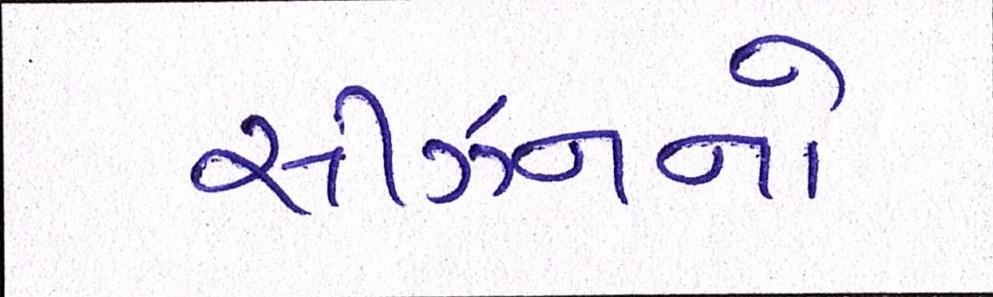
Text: સીઝનનો